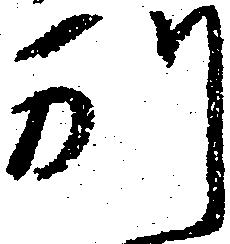
別